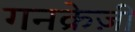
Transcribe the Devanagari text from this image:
गनक्रेज़ी